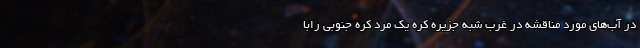
در آب‌های مورد مناقشه در غرب شبه جزیره کره یک مرد کره‌ جنوبی رابا